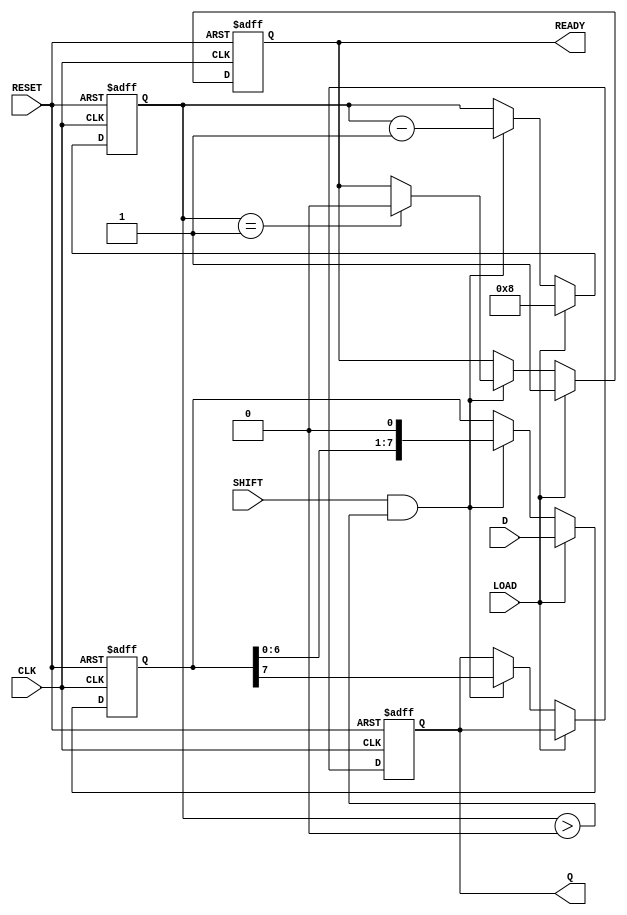
module piso_register #(
    parameter N = 8 // Parameter to define the width of the data bus
)(
    input  wire [N-1:0] D,     // Parallel data input
    input  wire LOAD,           // Load signal
    input  wire SHIFT,          // Shift signal
    input  wire CLK,            // Clock signal
    input  wire RESET,          // Reset signal (optional)
    output reg  Q,              // Serial output
    output reg  READY           // Data ready signal (optional)
);

    // Internal storage for the PISO register
    reg [N-1:0] shift_reg;      // Shift register to hold data
    reg [3:0] bit_counter;       // Counter to track bits shifted out

    always @(posedge CLK or posedge RESET) begin
        if (RESET) begin
            // Reset internal state
            shift_reg <= {N{1'b0}};
            Q <= 1'b0;
            bit_counter <= 0;
            READY <= 1'b0; // Not ready when reset
        end
        else begin
            if (LOAD) begin
                // Load parallel data into the shift register
                shift_reg <= D;
                bit_counter <= N; // Initialize counter to the number of bits
                READY <= 1'b1;    // Data is ready to be shifted out
            end
            else if (SHIFT && (bit_counter > 0)) begin
                // Shift out the data
                Q <= shift_reg[N-1]; // Output the MSB
                shift_reg <= {shift_reg[N-2:0], 1'b0}; // Shift left
                bit_counter <= bit_counter - 1;
                
                // When all bits have been shifted out
                if (bit_counter == 1) begin
                    READY <= 1'b0; // Data is no longer ready
                end
            end
        end
    end
    
endmodule